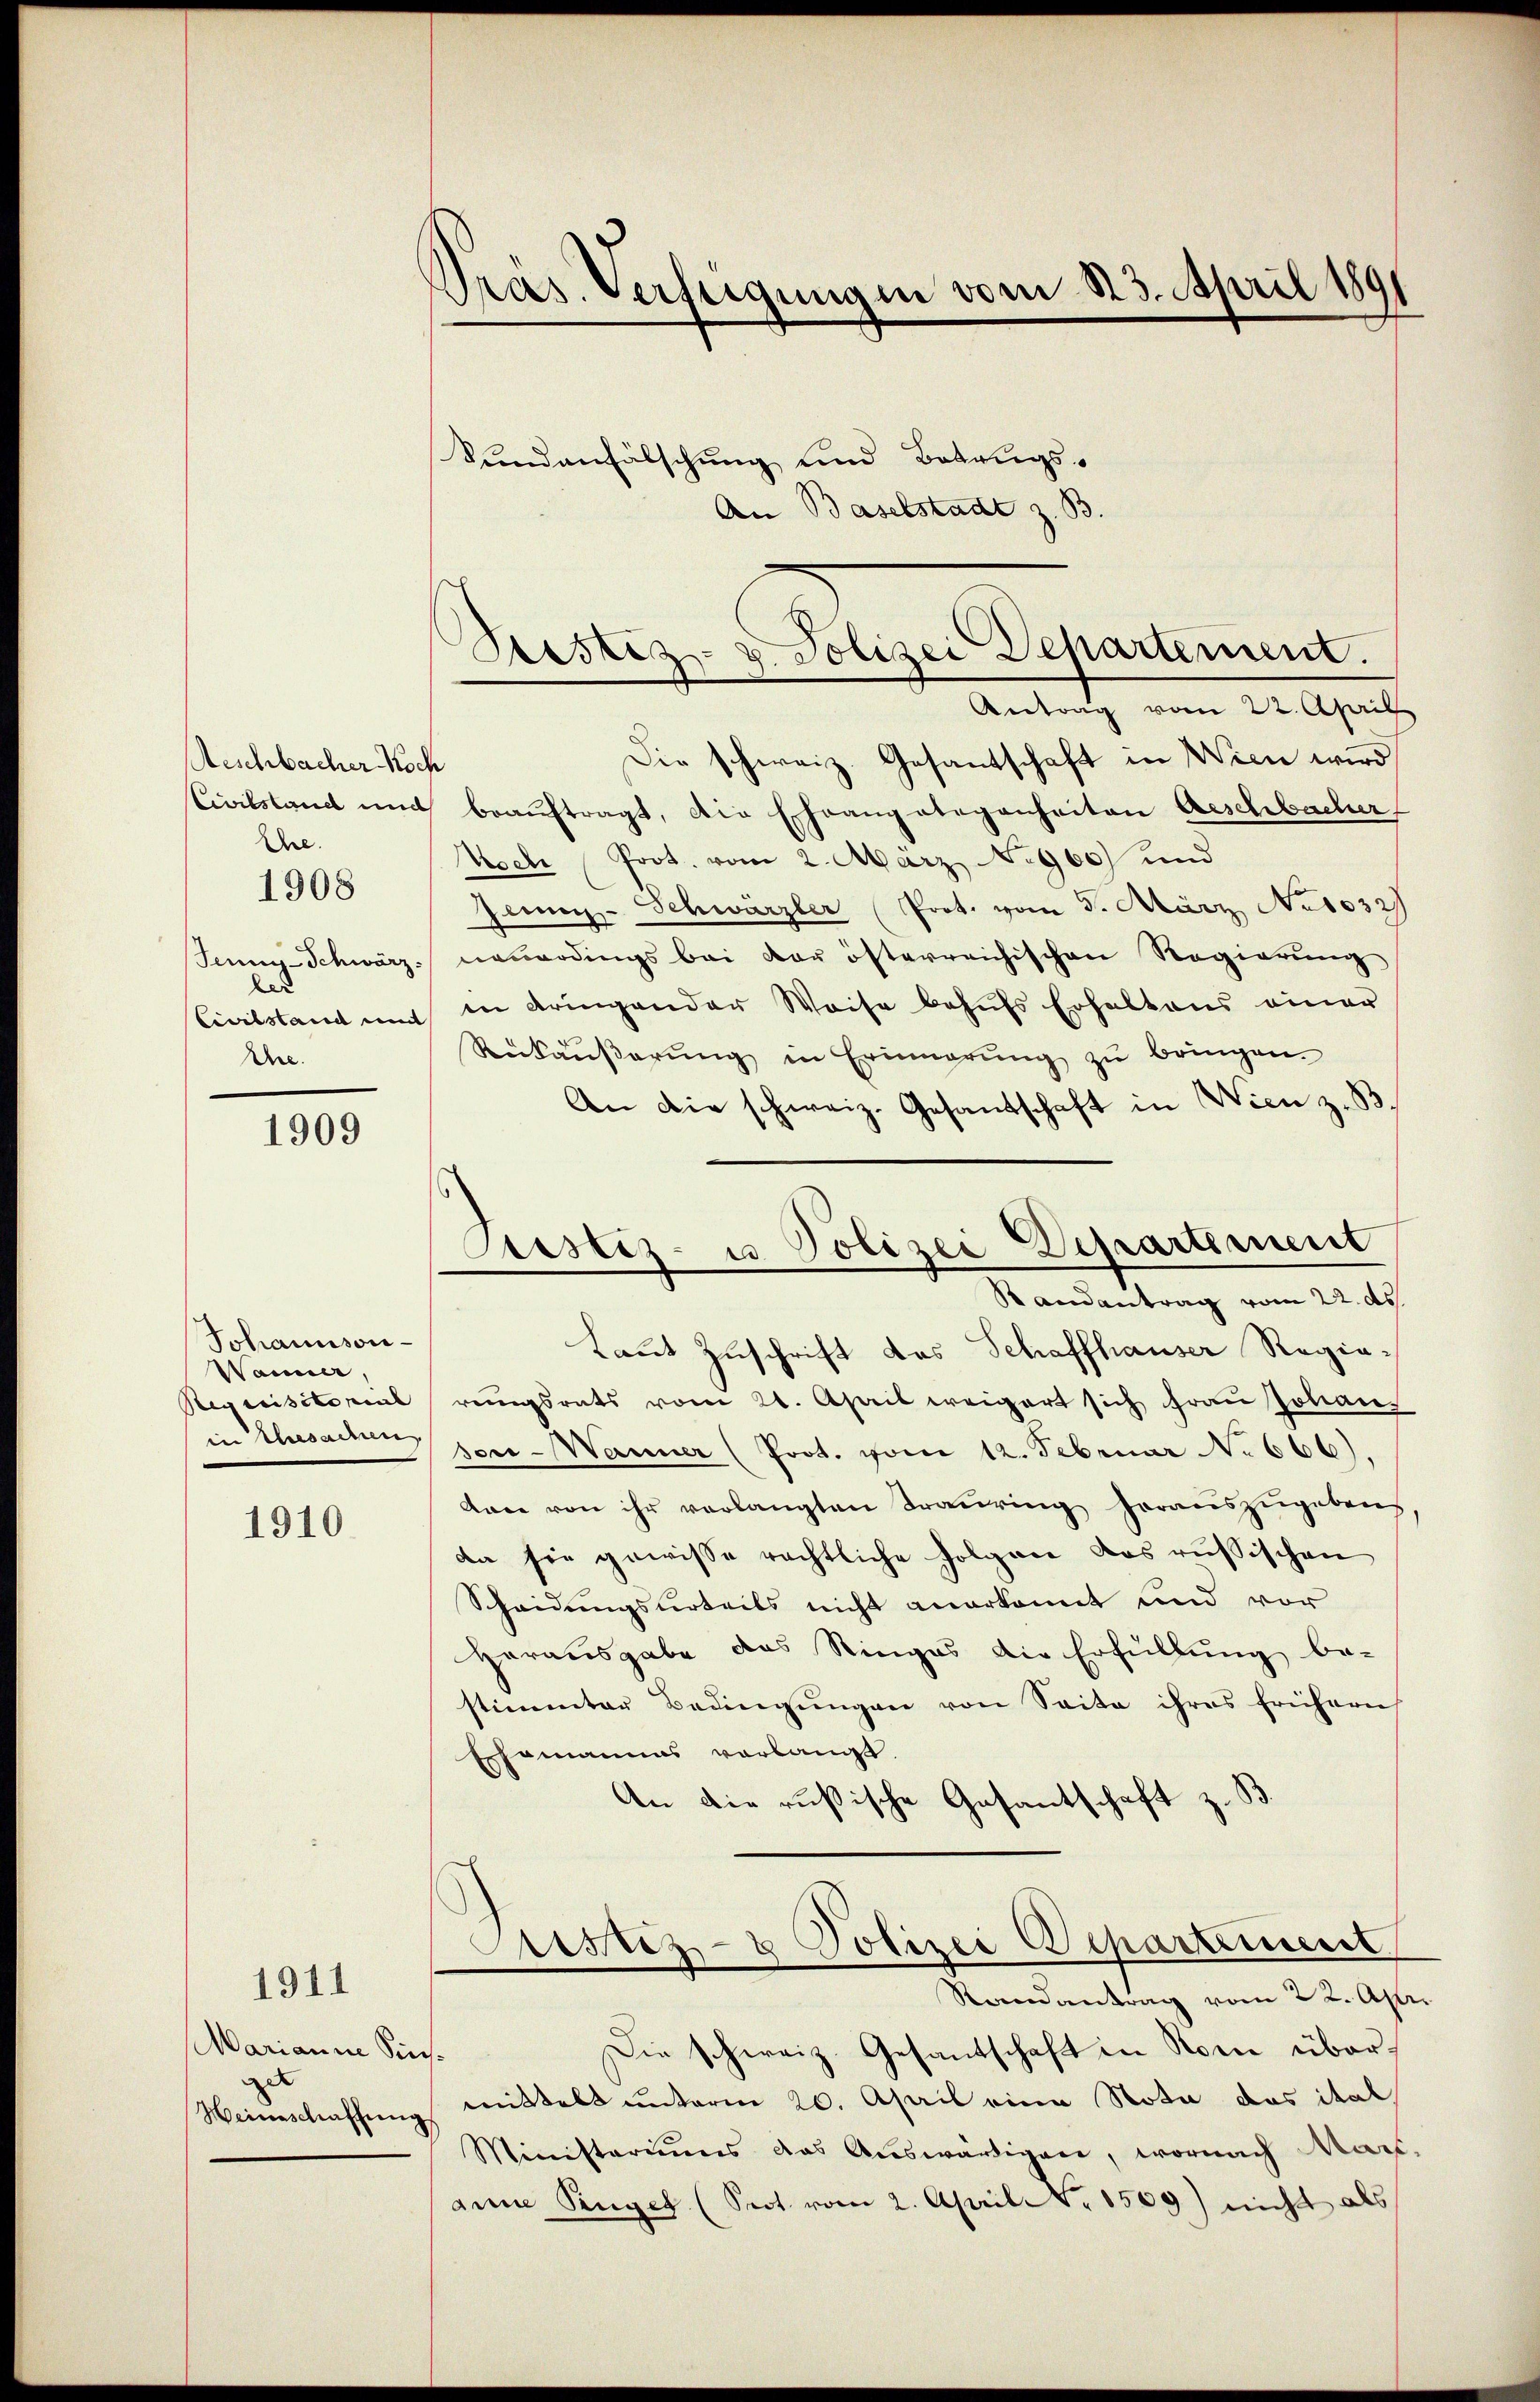
Aeschbacher Koch
Civilstand und
Ere.
Jenny-Schwärz
les
Civilstand mit
Ahe.

1908

1909

Johannson-
Wanner
Requisitorial
in Ehesachen

1910.

1911

Marianne Sie
zu
Heineschaffung

Präs. Verfügungen vom 123. April 189

Stestiz- u. Polizei Departement.
Antrag vom 22. April

Die schweiz. Gesantschaft in Wien wird
beaŭftragt, die Ehrangelegenheiten Aeschbacher
Nech Prot. vom 2. März No 960) und
Jennen-Schwärzler Prot. vom 5. März No 1032
neuerdings bei der österreichischen Regierung
in dringender Weise behŭfs Erhaltens einer
Rekäŭβerŭng in Erinnerŭng zŭ bringen.
An die schweiz. Gesandschaft in Wien z. B.
Laut Zuschrift das Schaffhauser Regierengsrats vom 21. April weigert sich Frau solans
ser-Wanner (Poot. vom 12. Februar No 666).
Aare von ihr verlangten Trauring heraŭszŭgebens
da sie gewisse rechtliche Folgen das russischen
Scheidungsurteils nicht anerkannt und vor
Herausgabe das Ringes die Erfüllung be-
stimmter Bedingungen von Seite ihres frühern
Ehemannes verlangt.
An die rusische Gesantschaft z. B
ustiz- & Polizei Departement
Randantrag vom 22. Apr
Die schweiz. Gesantschaft in Rom übermittels unterm 20. April eine Nota das ital
Ministeriums das Auswärtigen, wornach Mari
anne Prügel (Sept. vom 2. April Nr. 1509) nicht als

Sundanfälschung und Betrugs-
An Baselstadt z. B

tistiz- u. Polizei Departement
.
Randantrag vom 22. ds.